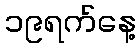
၁၉ရက်နေ့